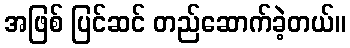
အဖြစ် ပြင်ဆင် တည်ဆောက်ခဲ့တယ်။